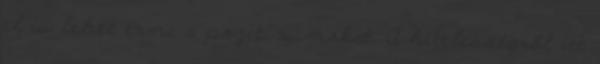
el is lehet érni a pozitívumokat. A hitelességről itt